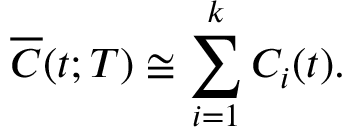
\overline { { C } } ( t ; T ) \cong \sum _ { i = 1 } ^ { k } C _ { i } ( t ) .